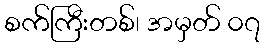
စက်ကြီးတစ်၊ အမှတ် ၀၇